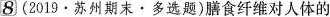
8(2019·苏州期末·多选题)膳食纤维对人体的